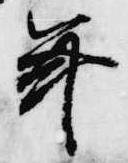
年